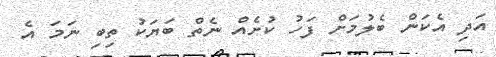
އަދި އެކަން ބެލުމަށް ފަހު ކުށެއް ނެތް ބަޔަކު ތިބި ނަމަ އެ